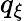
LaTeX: q_{\xi}